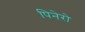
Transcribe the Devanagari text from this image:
पिनेरो